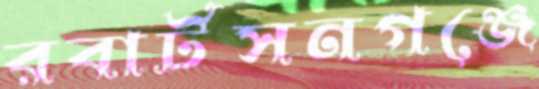
রবার্টসনগঞ্জে